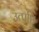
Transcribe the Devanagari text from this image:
उत्पप्ति